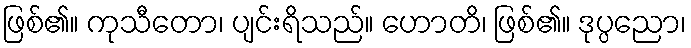
ဖြစ်၏။ ကုသီတော၊ ပျင်းရိသည်။ ဟောတိ၊ ဖြစ်၏။ ဒုပ္ပညော၊